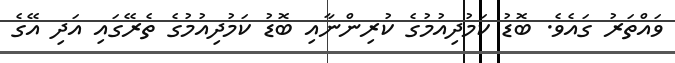
ވައްތަރު ގައެވެ. ބޮޑު ކަމުދިއުމުގެ ކުރިންނާއި ބޮޑު ކަމުދިއުމުގެ ތެރޭގައި އަދި އޭގެ